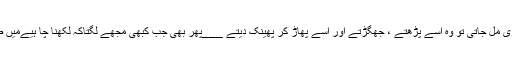
ڈیڈی کو ڈائری مل جاتی تو وہ اسے پڑھتے ، جھگڑتے اور اسے پھاڑ کر پھینک دیتے ___پھر بھی جب کبھی مجھے لگتاکہ لکھنا چا ہیےمیں ضرور لکھتا ۔